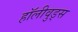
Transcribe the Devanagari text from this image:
हॉलीवुड्स